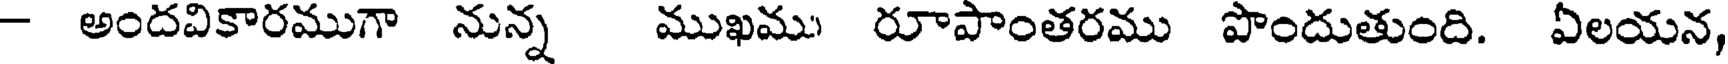
- అందవికారముగా నున్న ముఖము రూపాంతరము పొందుతుంది. ఏలయన,